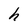
Character: h